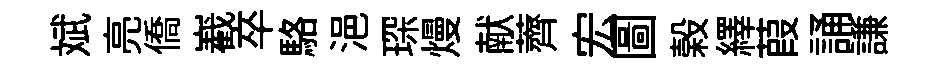
斌亮僑嶻卒駱浥琛熳献薺宏圖榖繹葭誦謙